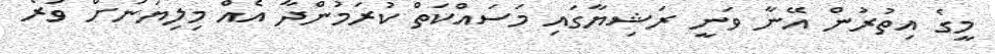
މީގެ އިތުރުން އޭނާ ވަނީ ރަޝިޔާގައި މަސައްކަތް ކުރަމުންދާ އެއް މިލިޔަނަށް ވުރެ